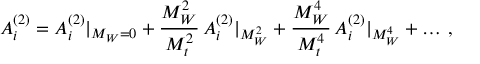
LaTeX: A _ { i } ^ { ( 2 ) } = A _ { i } ^ { ( 2 ) } | _ { M _ { W } = 0 } + { \frac { M _ { W } ^ { 2 } } { M _ { t } ^ { 2 } } } \, A _ { i } ^ { ( 2 ) } | _ { M _ { W } ^ { 2 } } + { \frac { M _ { W } ^ { 4 } } { M _ { t } ^ { 4 } } } \, A _ { i } ^ { ( 2 ) } | _ { M _ { W } ^ { 4 } } + \ldots \, ,